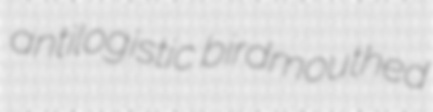
antilogistic birdmouthed